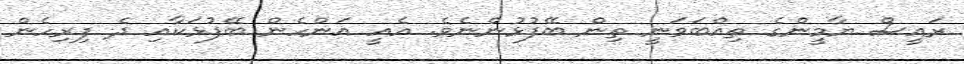
ރައީސް ޔާމީންގެ ތިއްބަވަނީ ތިން ބޭފުޅުންނެވެ. އެއީ އަންހެން ބޭފުޅަކާއި ދެ ފިރިހެން